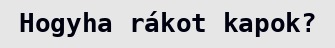
Hogyha rákot kapok?